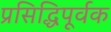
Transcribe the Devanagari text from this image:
प्रसिद्धिपूर्वक